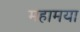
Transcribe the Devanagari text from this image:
महामया